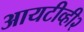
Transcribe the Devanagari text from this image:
आयटीव्ही२